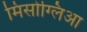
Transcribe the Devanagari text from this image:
मिसोग्लिआ